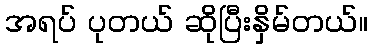
အရပ် ပုတယ် ဆိုပြီးနှိမ်တယ်။